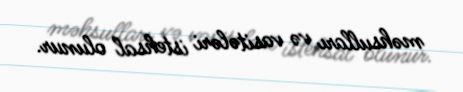
məhsulları və vasitələri istehsal olunur.